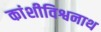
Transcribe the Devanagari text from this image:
कांशीविश्वनाथ